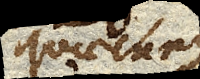
quaecunque